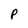
Character: P